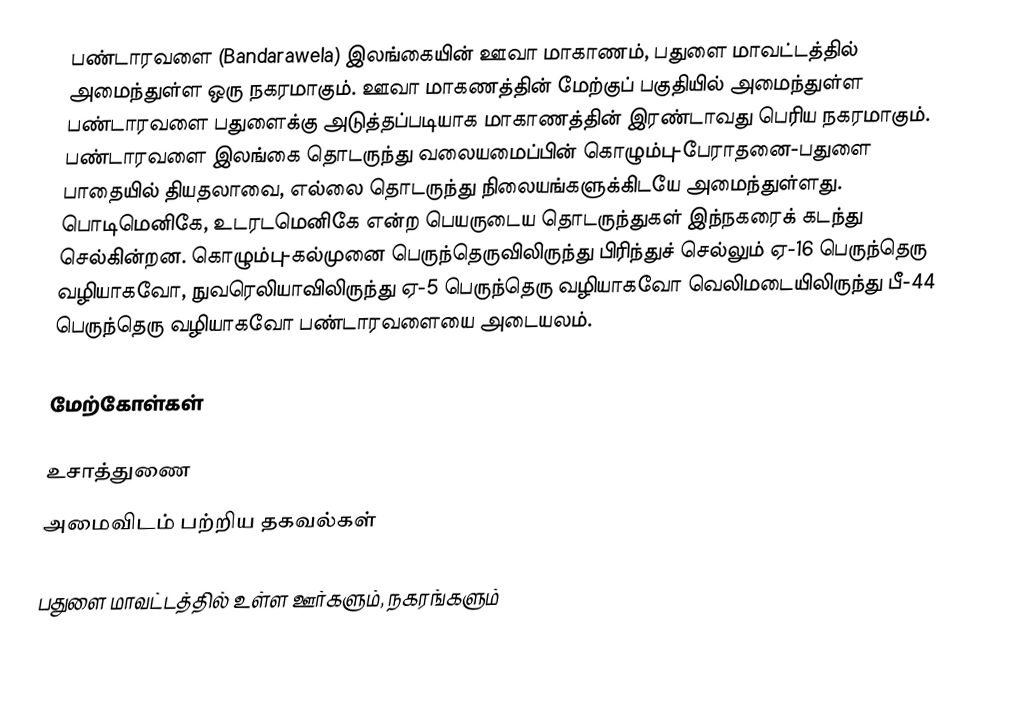
பண்டாரவளை (Bandarawela) இலங்கையின்  ஊவா மாகாணம், பதுளை மாவட்டத்தில் அமைந்துள்ள ஒரு நகரமாகும். ஊவா மாகணத்தின் மேற்குப் பகுதியில் அமைந்துள்ள பண்டாரவளை பதுளைக்கு அடுத்தப்படியாக மாகாணத்தின் இரண்டாவது பெரிய நகரமாகும். பண்டாரவளை இலங்கை தொடருந்து வலையமைப்பின் கொழும்பு-பேராதனை-பதுளை பாதையில் தியதலாவை, எல்லை தொடருந்து நிலையங்களுக்கிடயே அமைந்துள்ளது. பொடிமெனிகே, உடரடமெனிகே என்ற பெயருடைய தொடருந்துகள் இந்நகரைக் கடந்து செல்கின்றன. கொழும்பு-கல்முனை பெருந்தெருவிலிருந்து பிரிந்துச் செல்லும் ஏ-16 பெருந்தெரு வழியாகவோ, நுவரெலியாவிலிருந்து ஏ-5 பெருந்தெரு வழியாகவோ வெலிமடையிலிருந்து பீ-44 பெருந்தெரு வழியாகவோ பண்டாரவளையை அடையலம்.

மேற்கோள்கள்

உசாத்துணை
அமைவிடம் பற்றிய தகவல்கள்

பதுளை மாவட்டத்தில் உள்ள ஊர்களும், நகரங்களும்